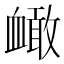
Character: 𧗐